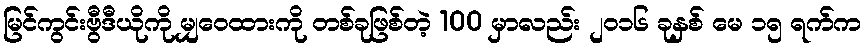
မြင်ကွင်းဗွီဒီယိုကို မျှဝေထားကို တစ်ခုဖြစ်တဲ့ 100 မှာလည်း ၂၀၁၆ ခုနှစ် မေ ၁၅ ရက်က